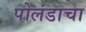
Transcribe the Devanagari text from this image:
पोलंडाचा